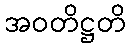
အဝတိဋ္ဌတိ